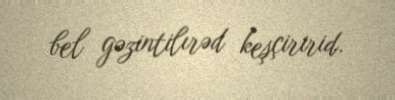
bel gəzintilırəd keşçiririd.